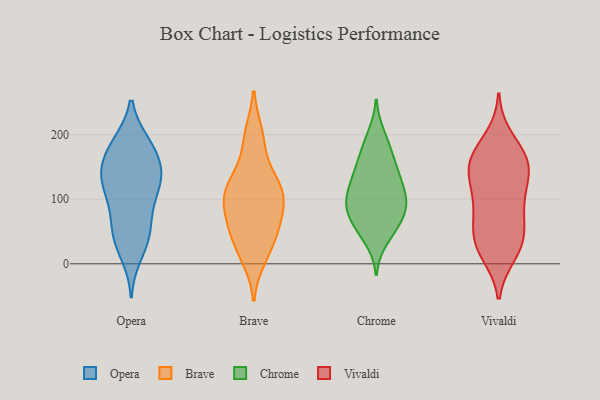
{"axis": {"x": "Backlog", "y": "Value"}, "legend": ["Brave", "Chrome", "Opera", "Vivaldi"], "data": [{"x": "", "y": 141, "type": "Opera"}, {"x": "", "y": 186, "type": "Opera"}, {"x": "", "y": 133, "type": "Opera"}, {"x": "", "y": 173, "type": "Opera"}, {"x": "", "y": 111, "type": "Opera"}, {"x": "", "y": 131, "type": "Opera"}, {"x": "", "y": 44, "type": "Opera"}, {"x": "", "y": 15, "type": "Opera"}, {"x": "", "y": 181, "type": "Opera"}, {"x": "", "y": 68, "type": "Opera"}, {"x": "", "y": 87, "type": "Opera"}, {"x": "", "y": 139, "type": "Opera"}, {"x": "", "y": 112, "type": "Opera"}, {"x": "", "y": 186, "type": "Opera"}, {"x": "", "y": 146, "type": "Opera"}, {"x": "", "y": 48, "type": "Opera"}, {"x": "", "y": 37, "type": "Opera"}, {"x": "", "y": 49, "type": "Brave"}, {"x": "", "y": 100, "type": "Brave"}, {"x": "", "y": 83, "type": "Brave"}, {"x": "", "y": 57, "type": "Brave"}, {"x": "", "y": 10, "type": "Brave"}, {"x": "", "y": 96, "type": "Brave"}, {"x": "", "y": 53, "type": "Brave"}, {"x": "", "y": 109, "type": "Brave"}, {"x": "", "y": 21, "type": "Brave"}, {"x": "", "y": 191, "type": "Brave"}, {"x": "", "y": 135, "type": "Brave"}, {"x": "", "y": 200, "type": "Brave"}, {"x": "", "y": 117, "type": "Brave"}, {"x": "", "y": 125, "type": "Brave"}, {"x": "", "y": 183, "type": "Chrome"}, {"x": "", "y": 143, "type": "Chrome"}, {"x": "", "y": 76, "type": "Chrome"}, {"x": "", "y": 146, "type": "Chrome"}, {"x": "", "y": 54, "type": "Chrome"}, {"x": "", "y": 38, "type": "Chrome"}, {"x": "", "y": 131, "type": "Chrome"}, {"x": "", "y": 105, "type": "Chrome"}, {"x": "", "y": 99, "type": "Chrome"}, {"x": "", "y": 101, "type": "Chrome"}, {"x": "", "y": 96, "type": "Chrome"}, {"x": "", "y": 73, "type": "Chrome"}, {"x": "", "y": 78, "type": "Chrome"}, {"x": "", "y": 55, "type": "Chrome"}, {"x": "", "y": 141, "type": "Chrome"}, {"x": "", "y": 199, "type": "Chrome"}, {"x": "", "y": 106, "type": "Chrome"}, {"x": "", "y": 173, "type": "Chrome"}, {"x": "", "y": 195, "type": "Vivaldi"}, {"x": "", "y": 66, "type": "Vivaldi"}, {"x": "", "y": 33, "type": "Vivaldi"}, {"x": "", "y": 20, "type": "Vivaldi"}, {"x": "", "y": 163, "type": "Vivaldi"}, {"x": "", "y": 109, "type": "Vivaldi"}, {"x": "", "y": 15, "type": "Vivaldi"}, {"x": "", "y": 29, "type": "Vivaldi"}, {"x": "", "y": 165, "type": "Vivaldi"}, {"x": "", "y": 149, "type": "Vivaldi"}, {"x": "", "y": 120, "type": "Vivaldi"}, {"x": "", "y": 138, "type": "Vivaldi"}, {"x": "", "y": 94, "type": "Vivaldi"}, {"x": "", "y": 162, "type": "Vivaldi"}, {"x": "", "y": 170, "type": "Vivaldi"}, {"x": "", "y": 139, "type": "Vivaldi"}, {"x": "", "y": 61, "type": "Vivaldi"}, {"x": "", "y": 40, "type": "Vivaldi"}, {"x": "", "y": 82, "type": "Vivaldi"}]}